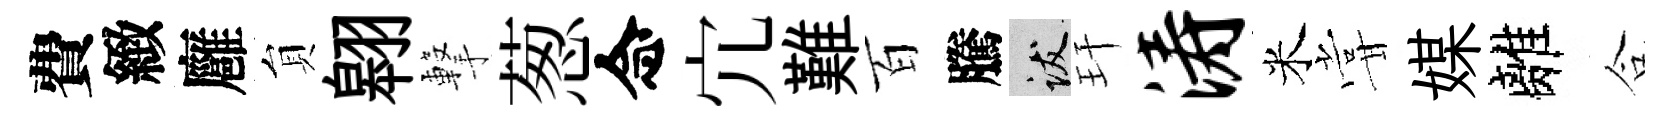
費緻廱貟翱撃葱念宂難百騰跋玕涛米甞媒離合